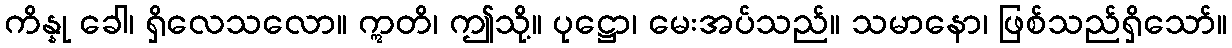
ကိန္နု ခေါ၊ ရှိလေသလော။ ဣတိ၊ ဤသို့။ ပုဋ္ဌော၊ မေးအပ်သည်။ သမာနော၊ ဖြစ်သည်ရှိသော်။